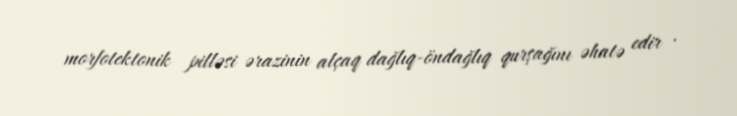
morfotektonik pilləsi ərazinin alçaq dağlıq-öndağlıq qurşağını əhatə edir .